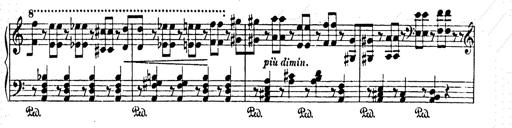
Title: AnnÃ©es de pÃ¨lerinage II
Composer: Franz Liszt